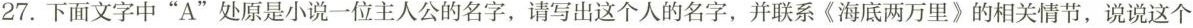
27. 下面文字中”A”处原是小说一位主人公的名字，请写出这个人的名字，并联系《海底两万里》的相关情节，说说这个人